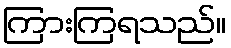
ကြားကြရသည်။